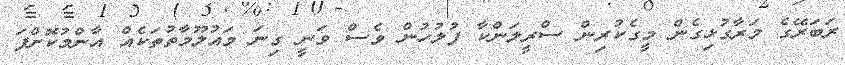
ރަބަރޭގެ މަރާގުޅިގެން މީގެކުރިން ސްރީލަންކާ ފުލުހުން ވެސް ވަނީ ގިނަ މައުލޫމާތުތަކެއް އާންމުކޮށްފަ